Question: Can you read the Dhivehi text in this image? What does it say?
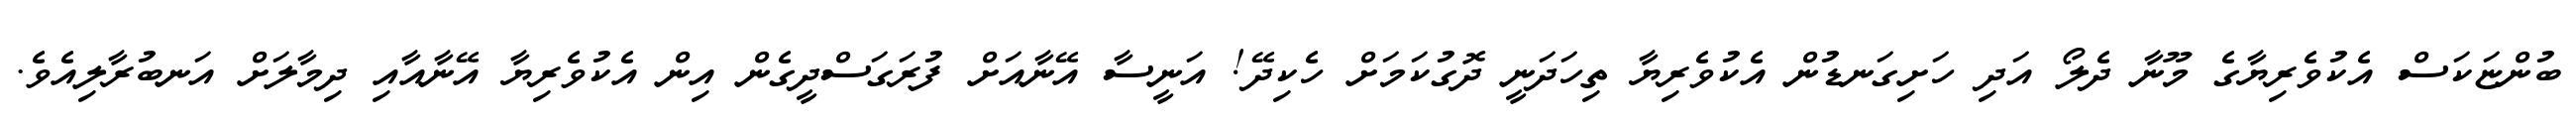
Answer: ބުންޏަކަސް އެކުވެރިޔާގެ މޫނާ ދެލޯ އަދި ހަށިގަނޑުން އެކުވެރިޔާ ތިހަދަނީ ދޮގުކަމަށް ހެކިދޭ! އަނީސާ އޭނާއަށް ފުރަގަސްދީގެން އިން އެކުވެރިޔާ އޭނާއާއި ދިމާލަށް އަނބުރާލިއެވެ.